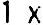
1 X